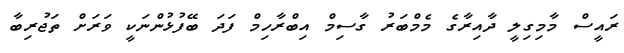
ރައީސް މާމިގިލީ ދާއިރާގެ މެމްބަރު ގާސިމް އިބްރާހިމް ފަދަ ބޭފުޅުންނަކީ ވަރަށް ތަޖުރިބާ